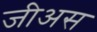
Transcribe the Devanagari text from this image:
जीअस